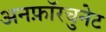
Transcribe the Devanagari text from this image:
अनफ़ॉरचुनेट